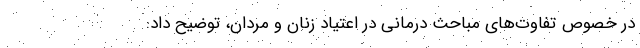
در خصوص تفاوت‌های مباحث درمانی در اعتیاد زنان و مردان، توضیح داد: